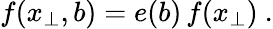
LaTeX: f(x_{\perp},b)=e(b)\, f(x_{\perp})~.